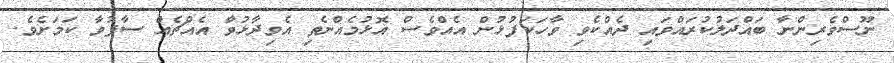
ނޫސްވެރިންނާ ބައްދަލުކުރައްވައި ދެއްކެވި ވާހަކަފުޅުން އެއްވެސް އޮޅުމެއްނެތި އެވިދާޅުވާ އެއްޗެއް ސާފުވާ ކަމަށެވެ.